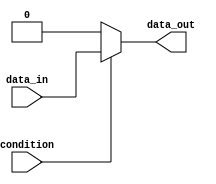
module if_else_statement (
    input wire condition,
    input wire data_in,
    output reg data_out
);

always @ (condition, data_in) begin
    if (condition) begin
        data_out <= data_in; //execute this block if condition is true
    end 
    else begin
        data_out <= 0; //execute this block if condition is false
    end 
end

endmodule